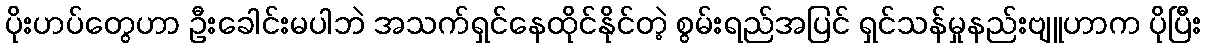
ပိုးဟပ်တွေဟာ ဦးခေါင်းမပါဘဲ အသက်ရှင်နေထိုင်နိုင်တဲ့ စွမ်းရည်အပြင် ရှင်သန်မှုနည်းဗျူဟာက ပိုပြီး